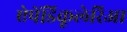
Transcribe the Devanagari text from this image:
ऐपेंडिकूलेरिआ